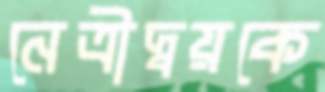
নেত্রীদ্বয়কে